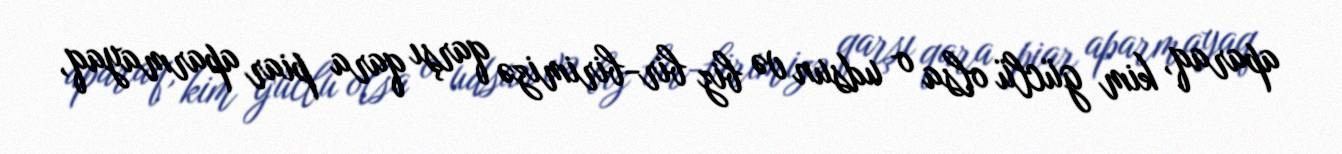
aparaq, kim güclü olsa o udsun və biz bir-birimizə qarşı qara piar aparmayaq,